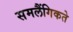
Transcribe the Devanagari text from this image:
समलैंगिकते